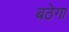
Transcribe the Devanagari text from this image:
बठेगा